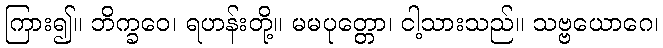
ကြား၍။ ဘိက္ခဝေ၊ ရဟန်းတို့။ မမပုတ္တော၊ ငါ့သားသည်။ သဗ္ဗယောဂေ၊